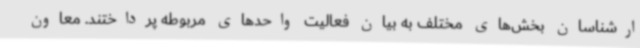
ارشناسان بخش‌های مختلف به بیان فعالیت واحدهای مربوطه پرداختند. معاون